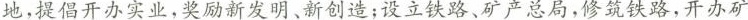
地，提倡开办实业，奖励新发明、新创造；设立铁路、矿产总局，修筑铁路，开办矿